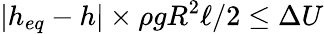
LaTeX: \lvert h_{eq}-h\rvert\times\rho gR^{2}\ell/2\le\Delta U